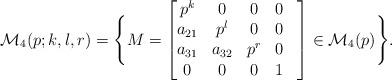
LaTeX: \begin{align*}\mathcal{M}_4(p;k,l,r) = \Bigg\{ M = \begin{bmatrix}p^k & 0 & 0 & 0 & \\a_{21} & p^l & 0 & 0 & \\a_{31} & a_{32} & p^r & 0 & \\0 & 0 & 0 & 1\end{bmatrix}\in \mathcal{M}_4(p) \Bigg\}.\end{align*}